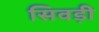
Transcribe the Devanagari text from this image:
सिवड़ी